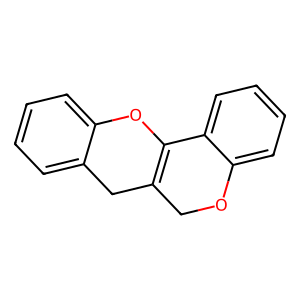
SMILES: c1ccc2c(c1)CC1=C(O2)c2ccccc2OC1
Inhibits HIV replication: No